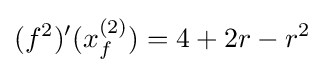
(f^{2})'(x_{f}^{(2)})=4+2r-r^{2}